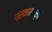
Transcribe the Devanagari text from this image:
प्रकाशधर्म